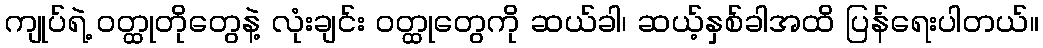
ကျုပ်ရဲ့ ဝတ္ထုတိုတွေနဲ့ လုံးချင်း ဝတ္ထုတွေကို ဆယ်ခါ၊ ဆယ့်နှစ်ခါအထိ ပြန်ရေးပါတယ်။